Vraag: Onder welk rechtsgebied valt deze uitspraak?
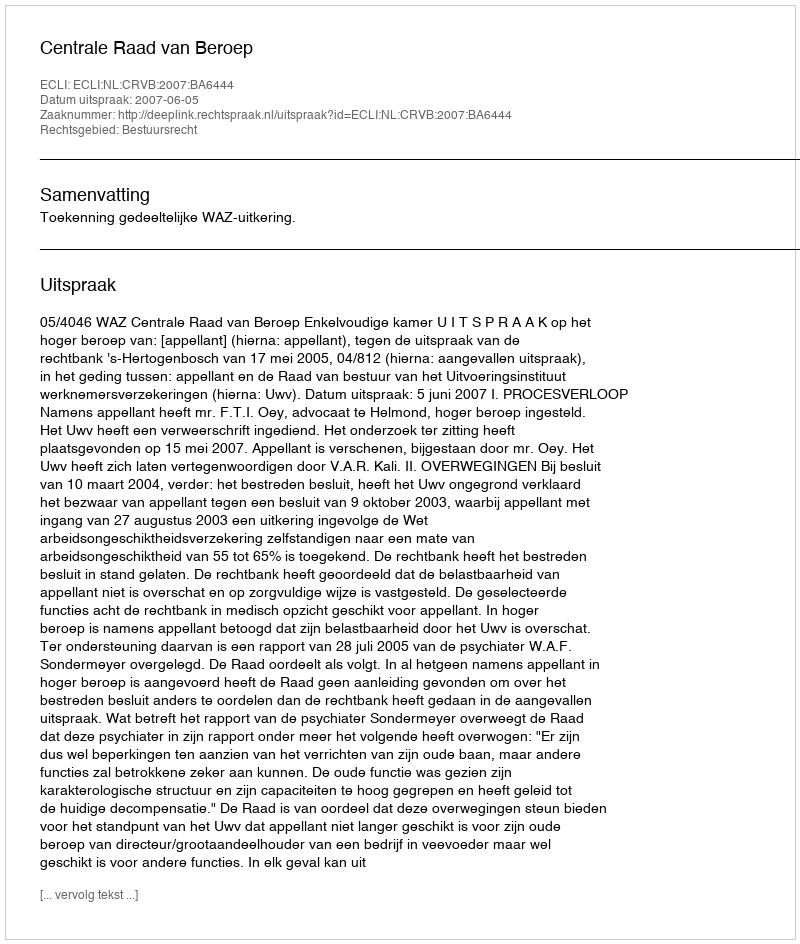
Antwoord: Bestuursrecht